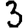
Digit: 3